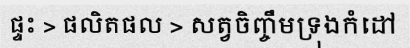
ផ្ទះ > ផលិតផល > សត្វចិញ្ចឹមទ្រុងកំដៅ